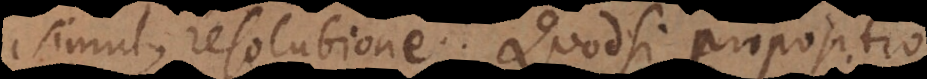
simul, resolutione. Quodsi propositio